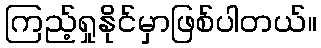
ကြည့်ရှုနိုင်မှာဖြစ်ပါတယ်။